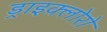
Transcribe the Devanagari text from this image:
ड्राइक्लोरो